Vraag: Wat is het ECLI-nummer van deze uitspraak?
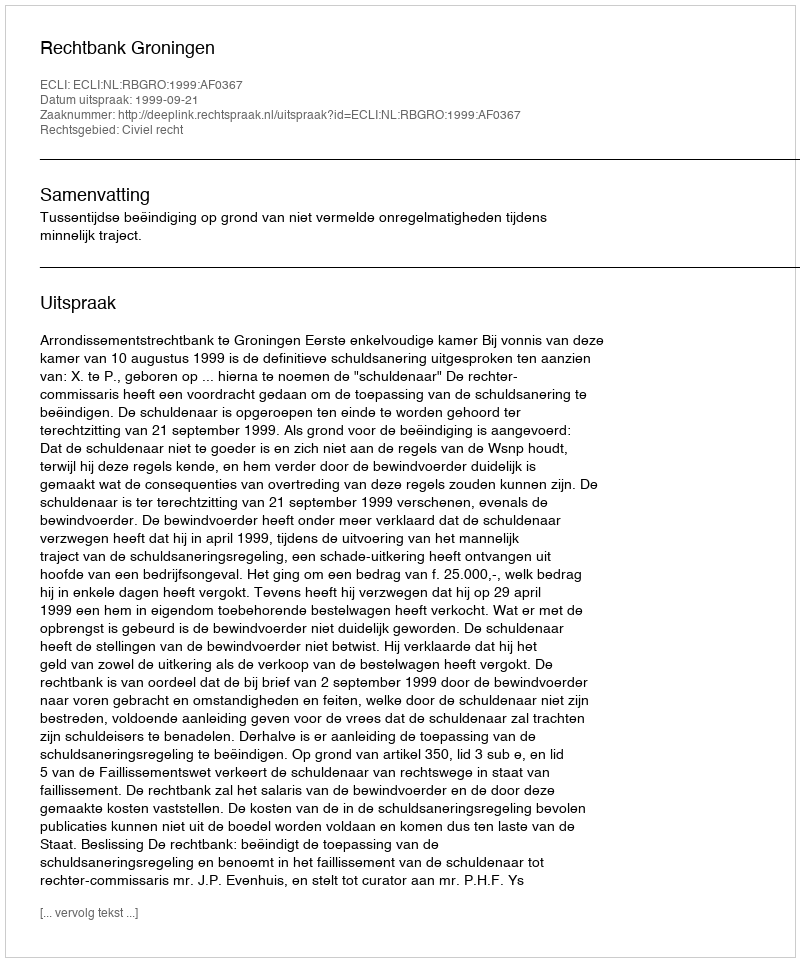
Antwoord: ECLI:NL:RBGRO:1999:AF0367